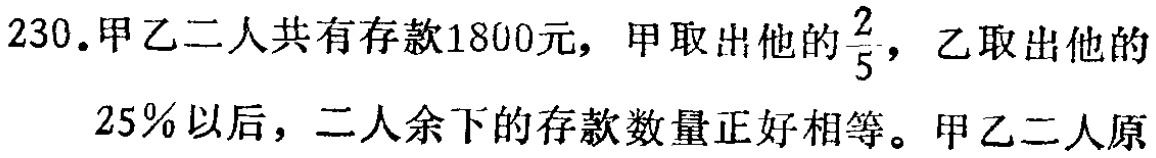
230.甲乙二人共有存款1800元，甲取出他的$\frac{2}{5}$，乙取出他的25%以后，二人余下的存款数量正好相等。甲乙二人原